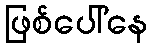
ဖြစ်ပေါ်နေ